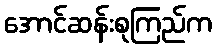
အောင်ဆန်းစုကြည်က